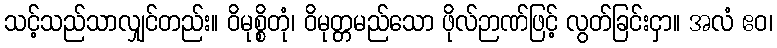
သင့်သည်သာလျှင်တည်း။ ဝိမုစ္စိတုံ၊ ဝိမုတ္တမည်သော ဖိုလ်ဉာဏ်ဖြင့် လွတ်ခြင်းငှာ။ အလံ ဧဝ၊